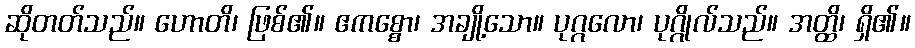
ဆိုတတ်သည်။ ဟောတိ၊ ဖြစ်၏။ ဧကစ္စော၊ အချို့သော။ ပုဂ္ဂလော၊ ပုဂ္ဂိုလ်သည်။ အတ္ထိ၊ ရှိ၏။